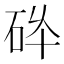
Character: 𱳸